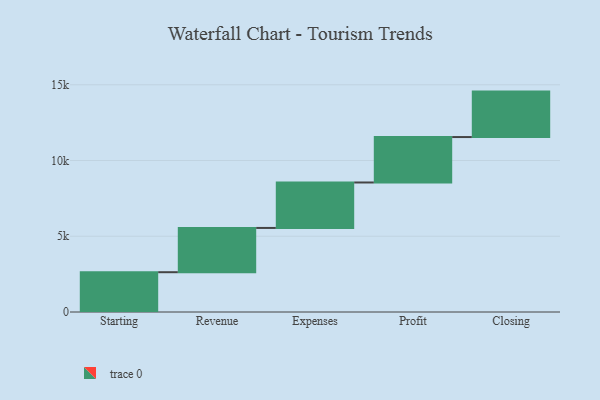
{"axis": {"x": "Step", "y": "Value"}, "legend": [""], "data": [{"x": "Starting", "y": 2627.0, "type": ""}, {"x": "Revenue", "y": 2922.0, "type": ""}, {"x": "Expenses", "y": 3000, "type": ""}, {"x": "Profit", "y": 3000, "type": ""}, {"x": "Closing", "y": 3000, "type": ""}]}